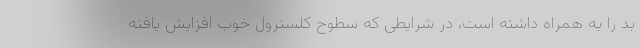
بد را به همراه داشته است، در شرایطی که سطوح کلسترول خوب افزایش یافته